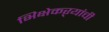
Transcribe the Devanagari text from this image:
भिक्षेकऱ्यांची